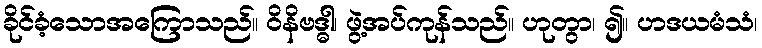
ခိုင်ခံ့သောအကြောသည်။ ဝိနိဗဒ္ဓါ၊ ဖွဲ့အပ်ကုန်သည်။ ဟုတွာ၊ ၍။ ဟဒယမံသံ၊